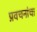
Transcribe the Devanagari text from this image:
प्रवचनांचा